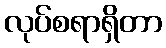
လုပ်စရာရှိတာ